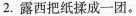
2.露西把纸揉成一团。